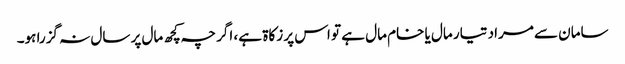
سامان سے مراد تیار مال یا خام مال ہے تو اس پر زکاۃ ہے، اگر چہ کچھ مال پر سال نہ گزرا ہو۔